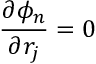
\frac { \partial \phi _ { n } } { \partial r _ { j } } = 0